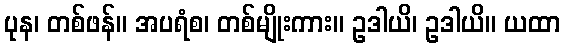
ပုန၊ တစ်ဖန်။ အပရံစ၊ တစ်မျိုးကား။ ဥဒါယိ၊ ဥဒါယိ။ ယထာ